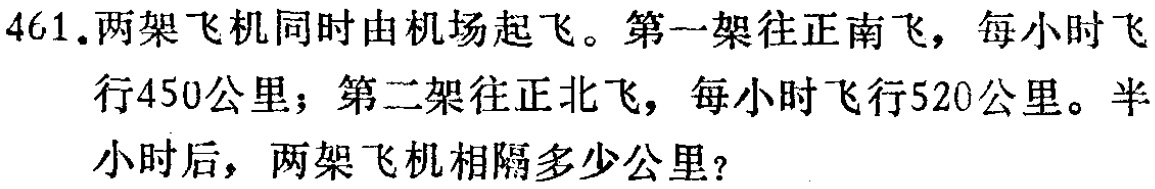
461.两架飞机同时由机场起飞。第一架往正南飞，每小时飞行450公里；第二架往正北飞，每小时飞行520公里。半小时后，两架飞机相隔多少公里？